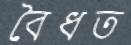
বৈধত